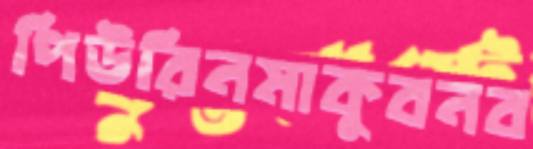
পিউরিনমাকুবনব